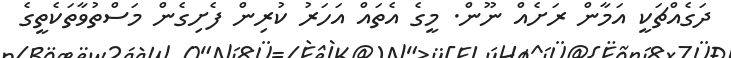
ދަގެއްޗަކީ އަމާން ރަށެއް ނޫން. މީގެ އެތައް އަހަރު ކުރިން ފެށިގެން މަސްތުވާތަކެތީގެ